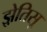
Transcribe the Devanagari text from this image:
झ़ेतिसू